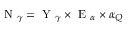
\mathrm { ~ N ~ } _ { \gamma } = \mathrm { ~ Y ~ } _ { \gamma } \times \mathrm { ~ E ~ } _ { \alpha } \times \alpha _ { Q }